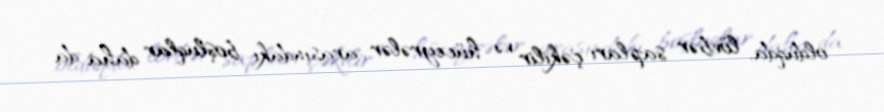
olduqda, lövbər sapları çəkilir və hüceyrələr arasındakı boşluqlar daha da